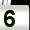
Digit: 5